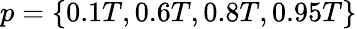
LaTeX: p=\{ 0.1T,0.6T,0.8T,0.95T\}